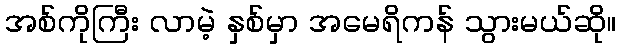
အစ်ကိုကြီး လာမဲ့ နှစ်မှာ အမေရိကန် သွားမယ်ဆို။